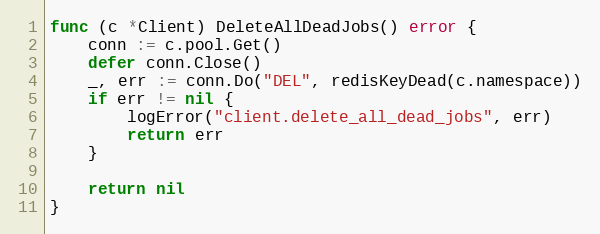
Language: Go
func (c *Client) DeleteAllDeadJobs() error {
	conn := c.pool.Get()
	defer conn.Close()
	_, err := conn.Do("DEL", redisKeyDead(c.namespace))
	if err != nil {
		logError("client.delete_all_dead_jobs", err)
		return err
	}

	return nil
}